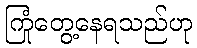
ကြုံတွေ့နေရသည်ဟု